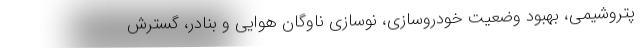
پتروشیمی، بهبود وضعیت خودروسازی، نوسازی ناوگان هوایی و بنادر، گسترش